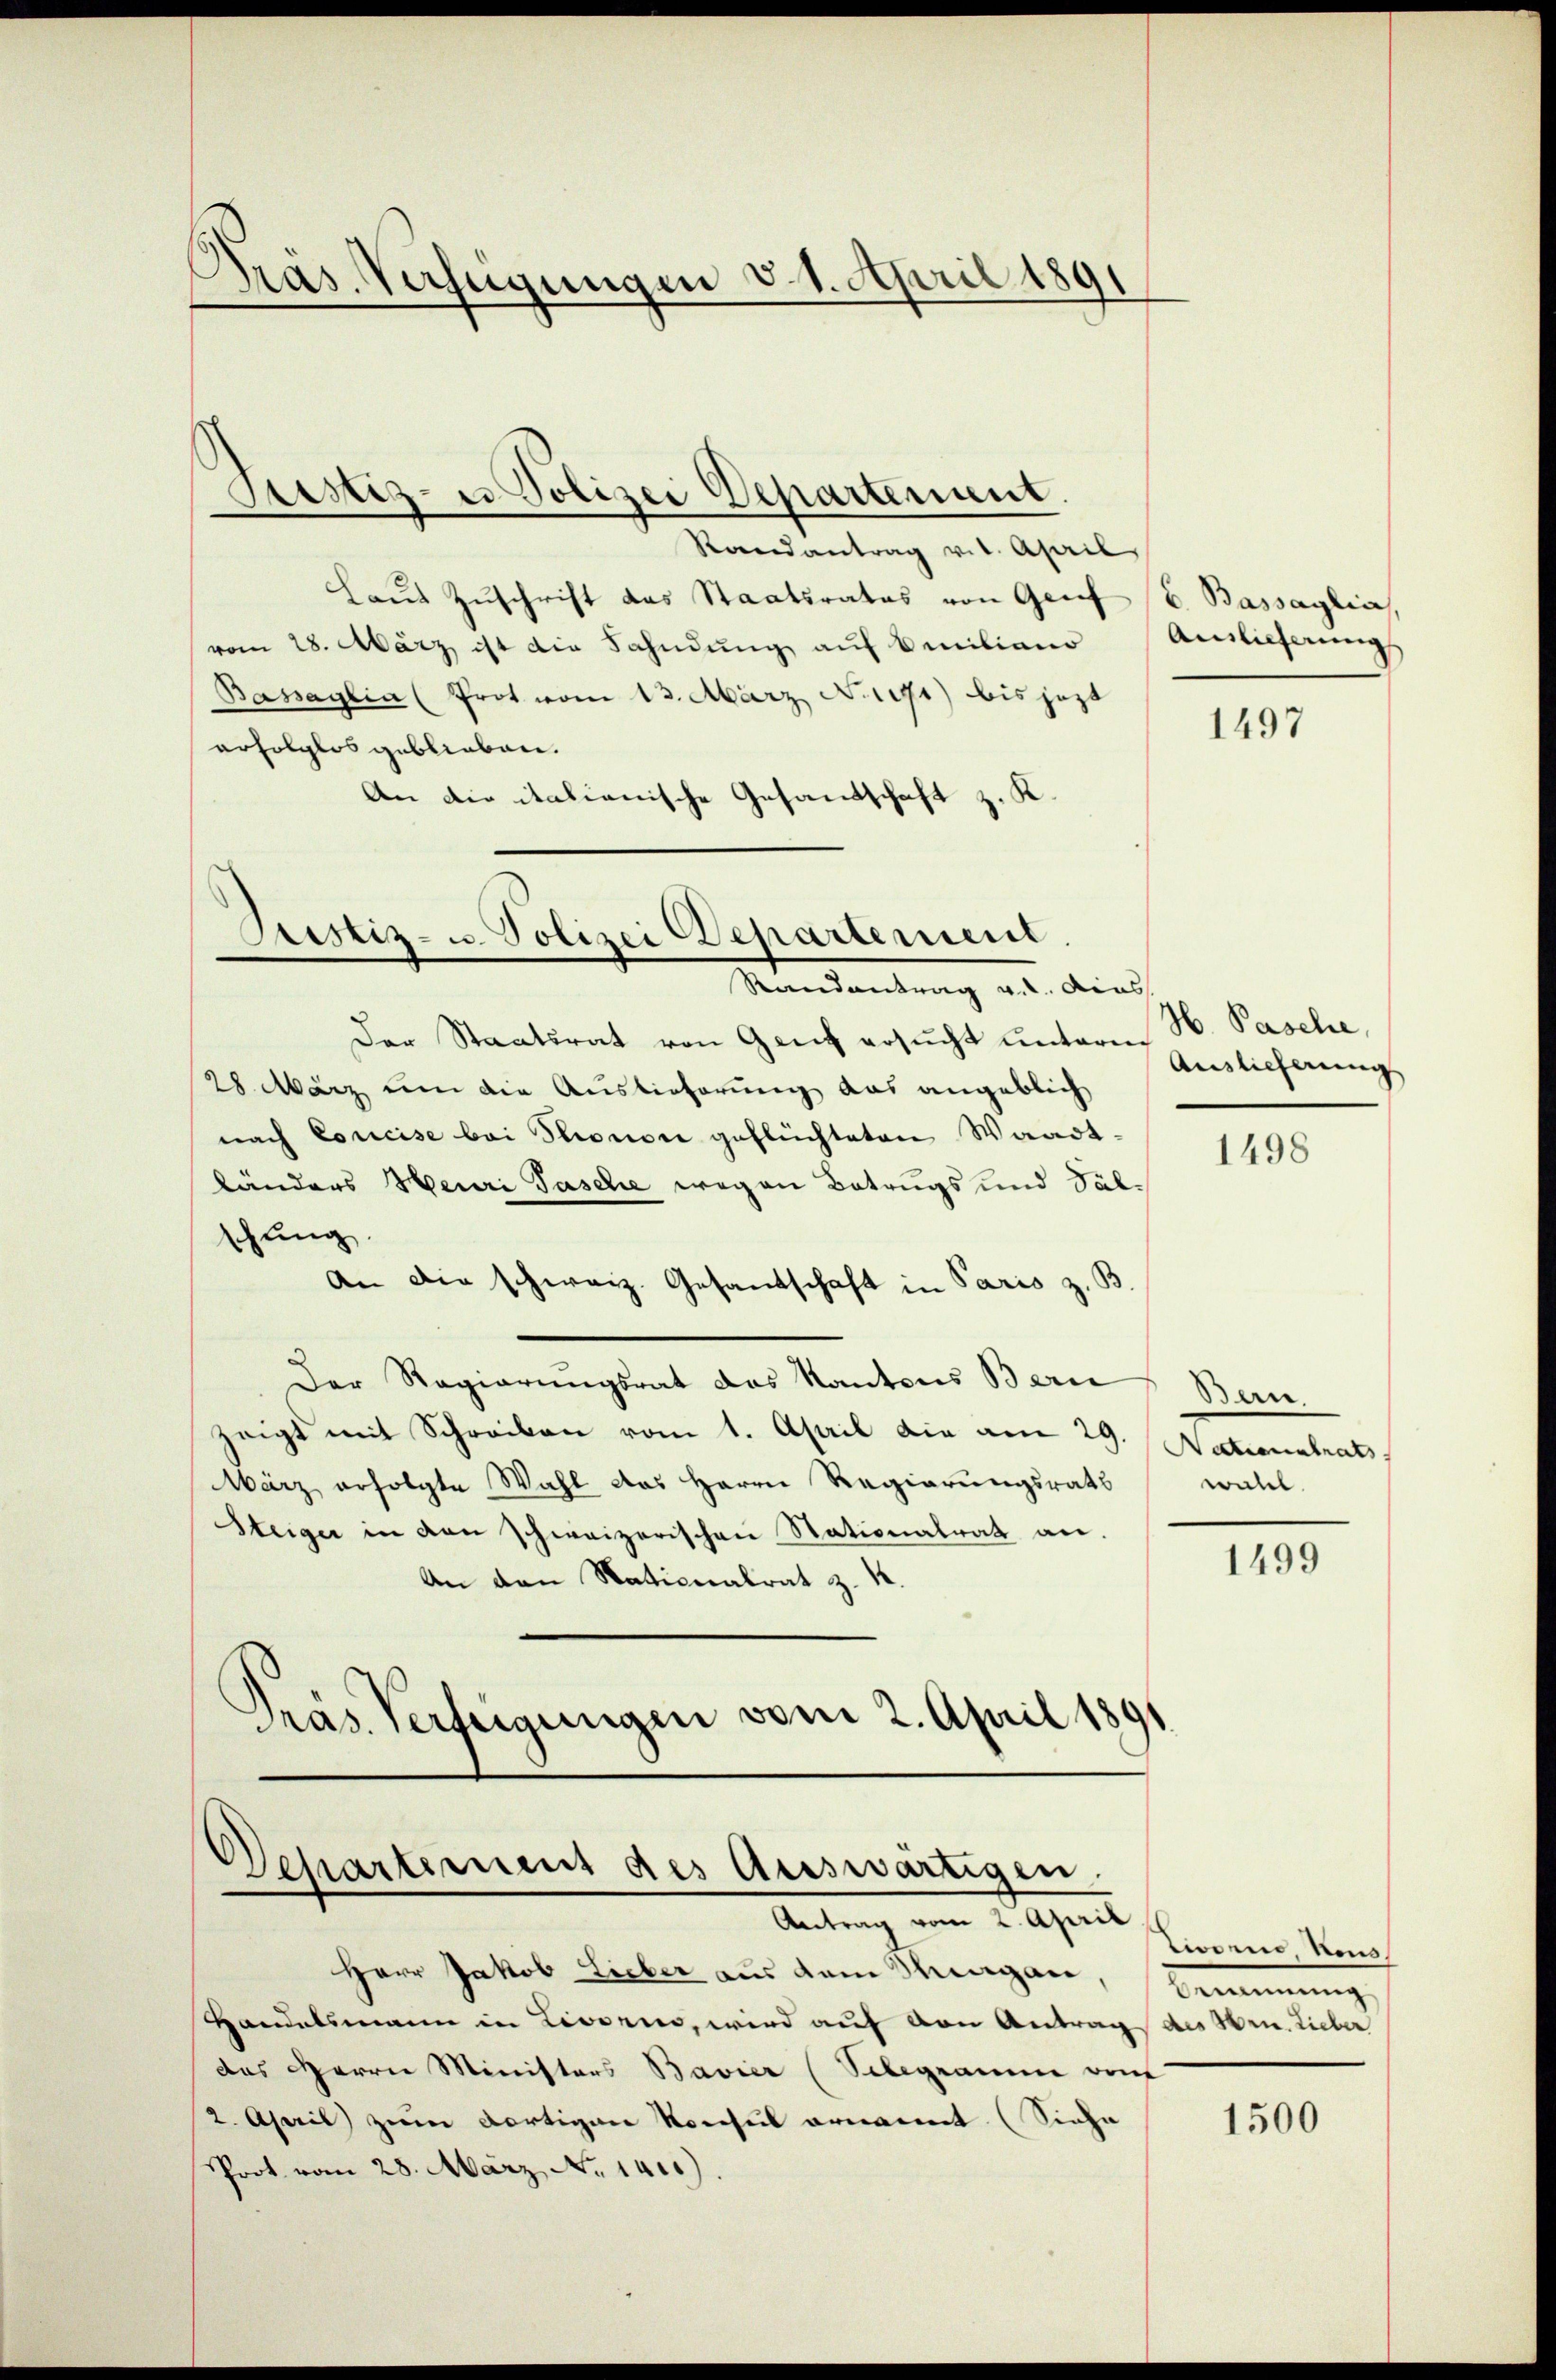
Präs. Verfügungen v. 1. April 189

Sistiz- u Polizei Departement.

Randantrag v. 1. April
Laut Zuschrift das Staatsrates von Genf
vom 28. März ist die Fahndung auf Emiliano
Basaglia (Prot vom 13. März No. 1191) bis jezt
erfolglos geblieben.
An die italianische Gesandtschaft z. K.

Sistiz- u. Polizei Departement.
Randantrag v. Ains

Der Staatsrat von Genf ersucht untern
28 März um die Auslieferung das angeblich
nach Concise bei Thronon geflüchteten Waadt-
länders Heuri Tasche wegen Betrugs und Salschung.
An die schweiz. Gesandschaft in Paris z. B.
Der Regierungsrat das Kantons Bern
zeigt mit Schreiben vom 1. April die am 29. Nationalrats,
März erfolgte Wahl das Herrn Regierungsrath
Steiger in den schweizerischen Stationalrat an.
An den Nationalrat z. K.
Präs. Verfügungen vom 2. April 1891

Departement des Auswärtigen.
Antrag vom 2. April

Herr Jakob Lieber aus dem Mangen,
Handelsmann in Livorno, wird auf von Antrag des Hrn. Lieber
das Herrn Ministers Bavier (Schegramme von
2. April zum dortigen Konsul ernannt. (Siehe
Prot vom 28. März No. 1410).

b. Bassaglia
Ainlieferung

1497

H. Pasche,
Auslieferung

1498

Bern.
wall.

1499

mmen, kenn
bennung,

1500